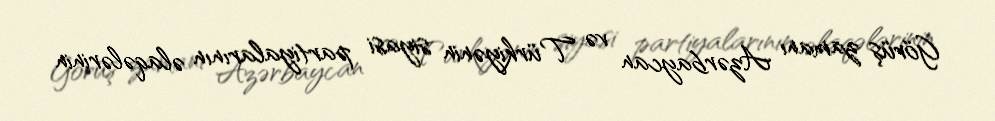
Görüş zamanı Azərbaycan və Türkiyənin siyasi partiyalarının əlaqələrinin